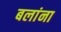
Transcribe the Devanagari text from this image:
बलांना